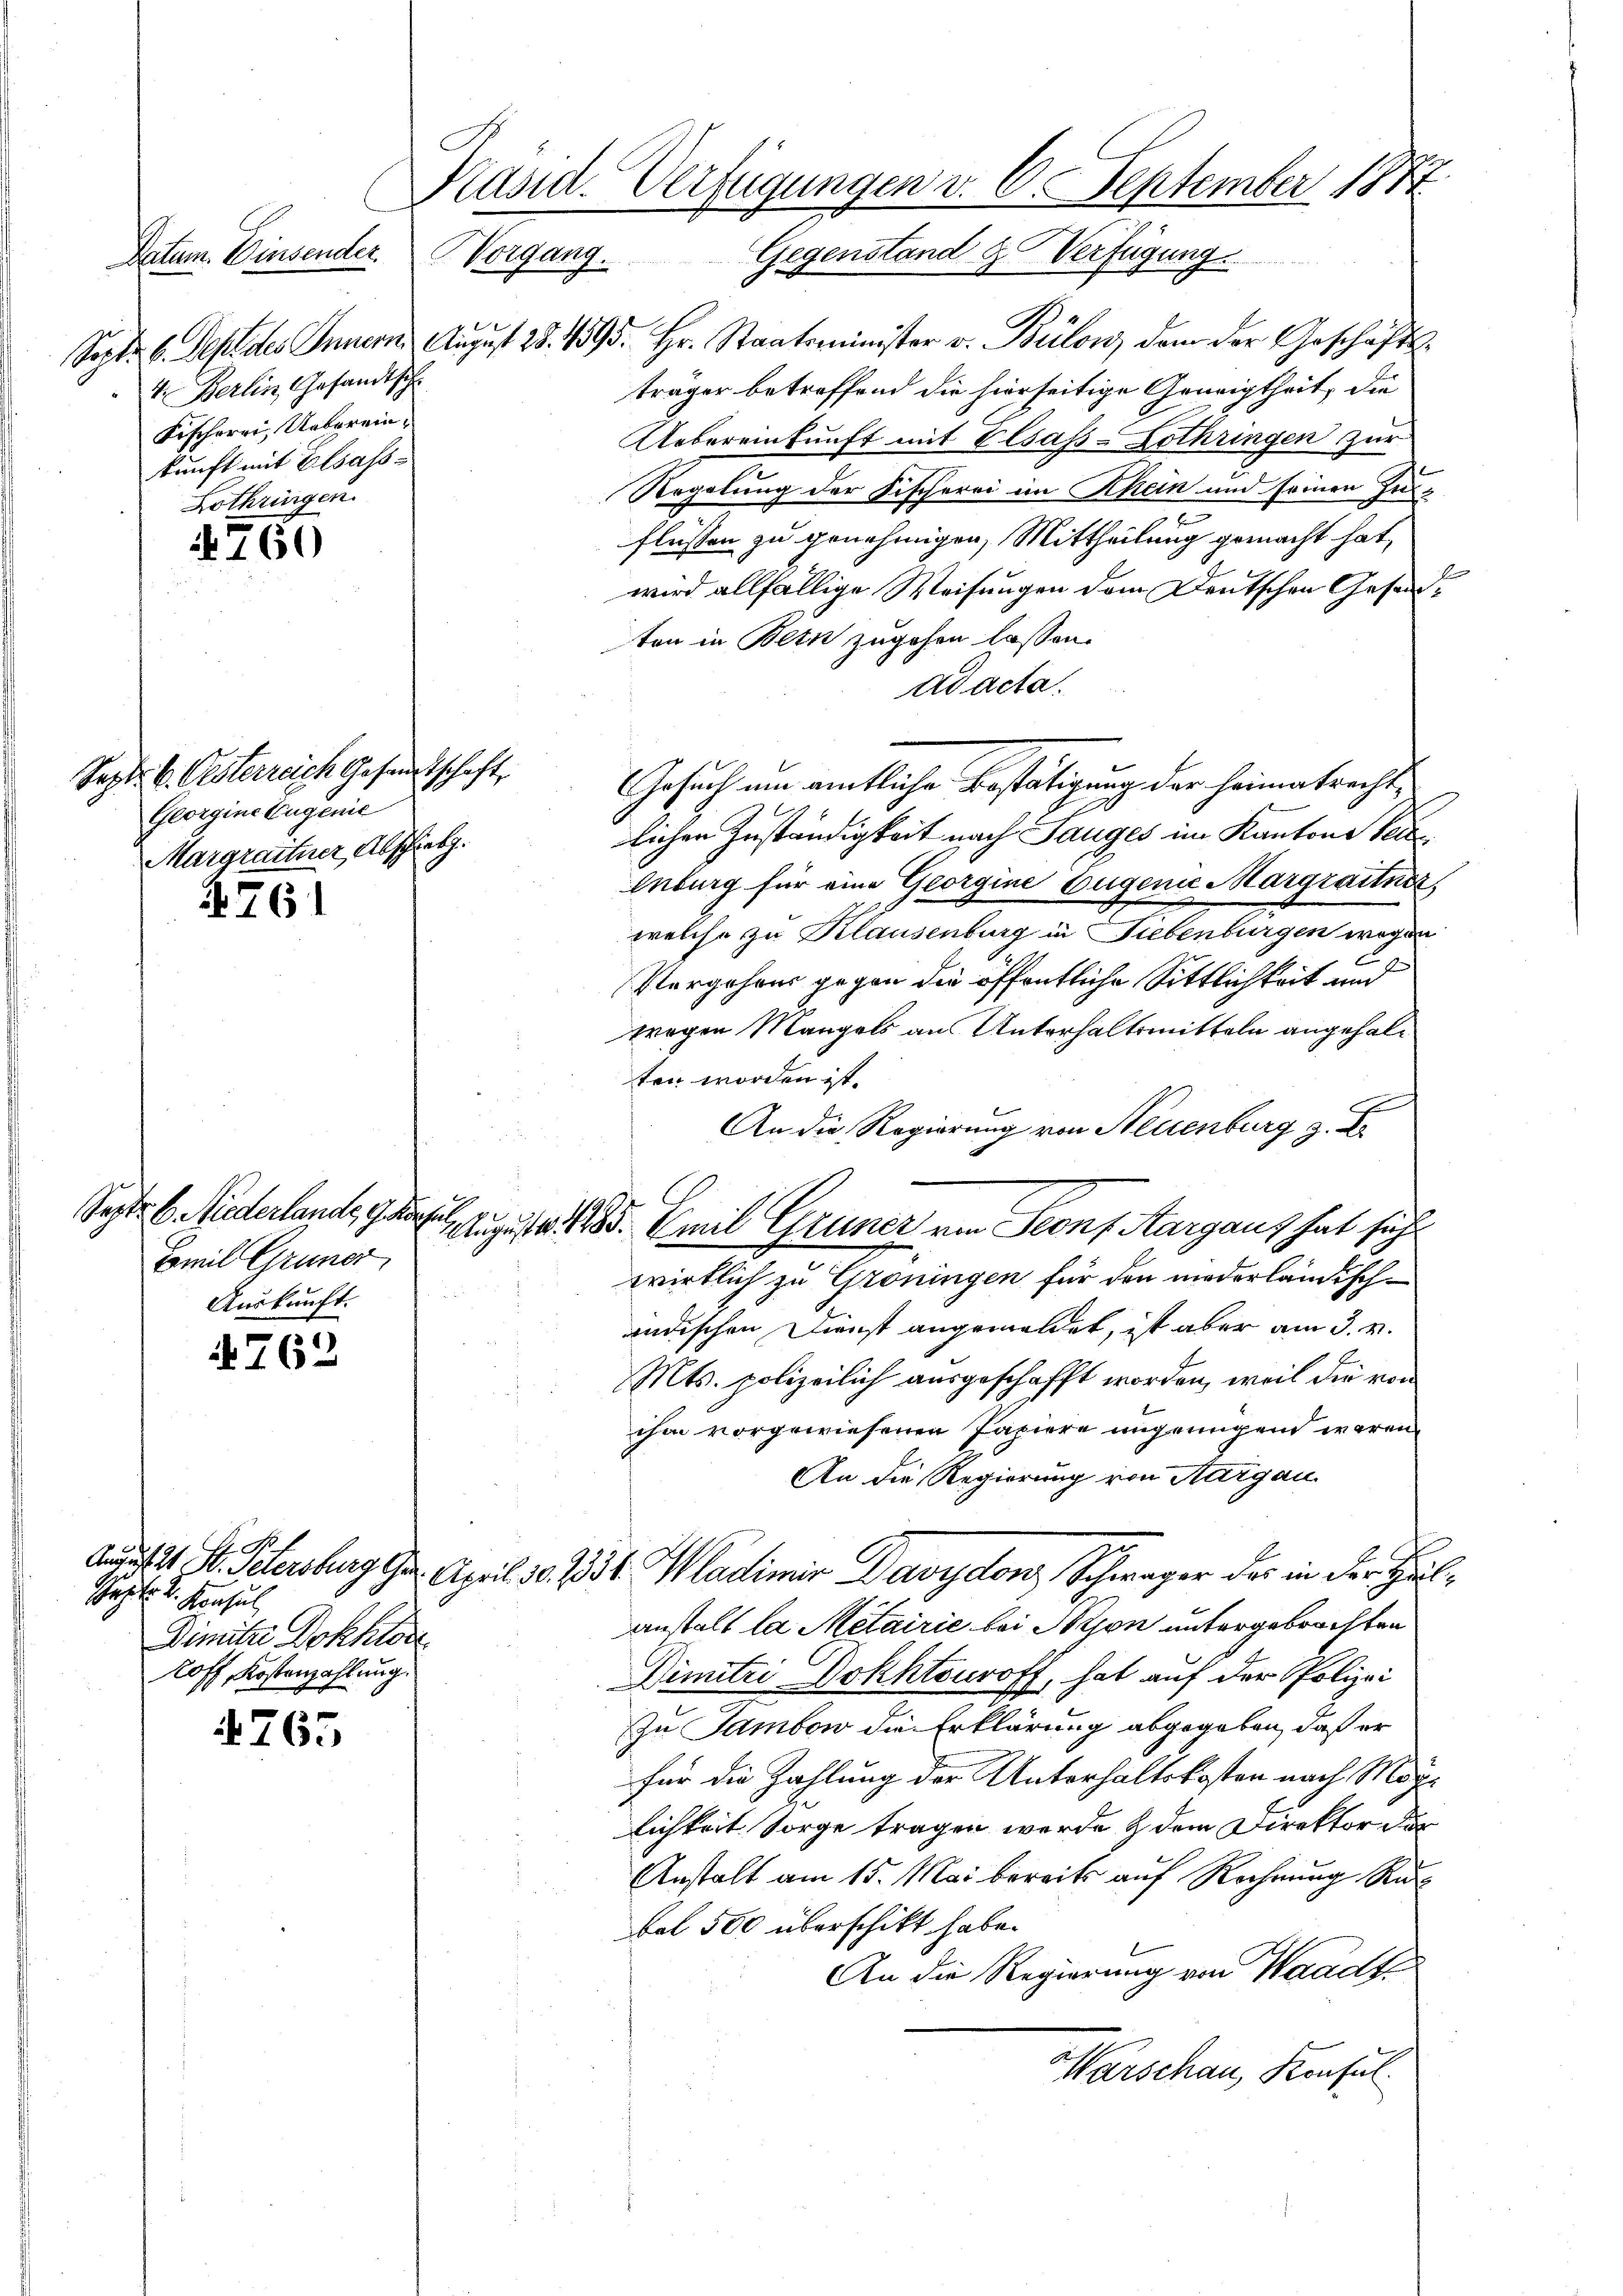
Datum. Einsender.
4. Berlin Gesandtsch
Fischerri, Uebereinkunft mit Elsass
Lothringen.

760

Sept. v. Oesterreich Gesandtschaft,
Georgine Eugenie
Margrather Abschrieb.

A761

Septe 6. Niederlande G. Kaufen
Famil Grüner,
Auskunft.

762

A
Script d. Konsul
Dimite Dokklos
loff Kostenzahlung.

4765

Kasid. Verfügungen v. 6. September 1877.
Sehen.
Gegenstand & Verfügung

Sept. 6. Sept des Innern Aŭgŭst 28. 495. Hr. Staatsminister v. Bülow, dem der Geschäfts-
träger betreffend die hierseitige Geneigtheit, die
Uebereinkunft mit Elsass-Lothringen zur
Regelung der Fischerei im Rhein und seinen In-
flüssen zu genehmigen, Mittheilung gemacht hat,
wird allfällige Weisungen dem Deutschen Gesandten in Bern zugehen lassen.
ad acta.
Gesuch um amtliche Bestätigung der Heimatrechte
lichen Zuständigkeit nach Sauges im Kantons Ve
Enburg für eine Georgine Eugenie Margrattner,
welche zu Klausenburg in Liebenburgen wegen
Pergehres gegen die öffentliche Sittlichkeit und
tragen Mangels an Unterhaltsmitteln angehalten worden ist.
An die Regierung von Neuenburg z. E
 August 185. Emil Grüner von Seons Aargaus hat sich
wirklich zu Gröningen für den niederländischen
ändischen Dienst angemeldet, ist aber am 3. v.
Mts. polizeilich ausgeschafft worden, weil die von
ihm vorgewiesenen Papiere ungenügend waren.
An die Regierung von Aargau
Andikat Dr. Schersburg Ger. April 30. 1354. Wladimir Davydon, Schwager das in der Heil
anstalt la Metairie bei Nixon untergebrachten
Dimitii Dokhtouroff, hat auf der Polizei
zu Samben die Erklärung abgegeben, daß er
für die Zahlung der Unterhaltskosten nach Möglichkeit Sorge tragen werde & dem Direktor der
Anstalt am 15. Mai bereits auf Rechnung Ru
bel 500 überschikt habe.
An die Regierung von Waadt
Warschau, Konsul